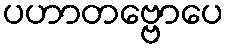
ပဟာတဗ္ဗောပေ